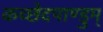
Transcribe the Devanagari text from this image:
कच्छेदपाण्डुम्